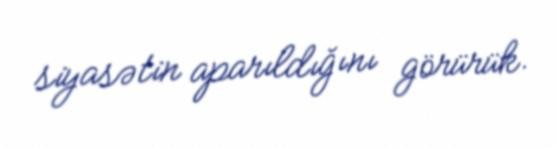
siyasətin aparıldığını görürük.